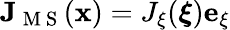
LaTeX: \mathbf{J}_{\mathrm{~M~S~}}(\mathbf{x})=J_{\xi}(\boldsymbol{\xi})\mathbf{e}_{\xi}